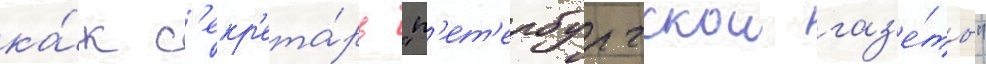
ка́к с'екр'ета́рь "п'ет'ербургскои газ'е́ты"